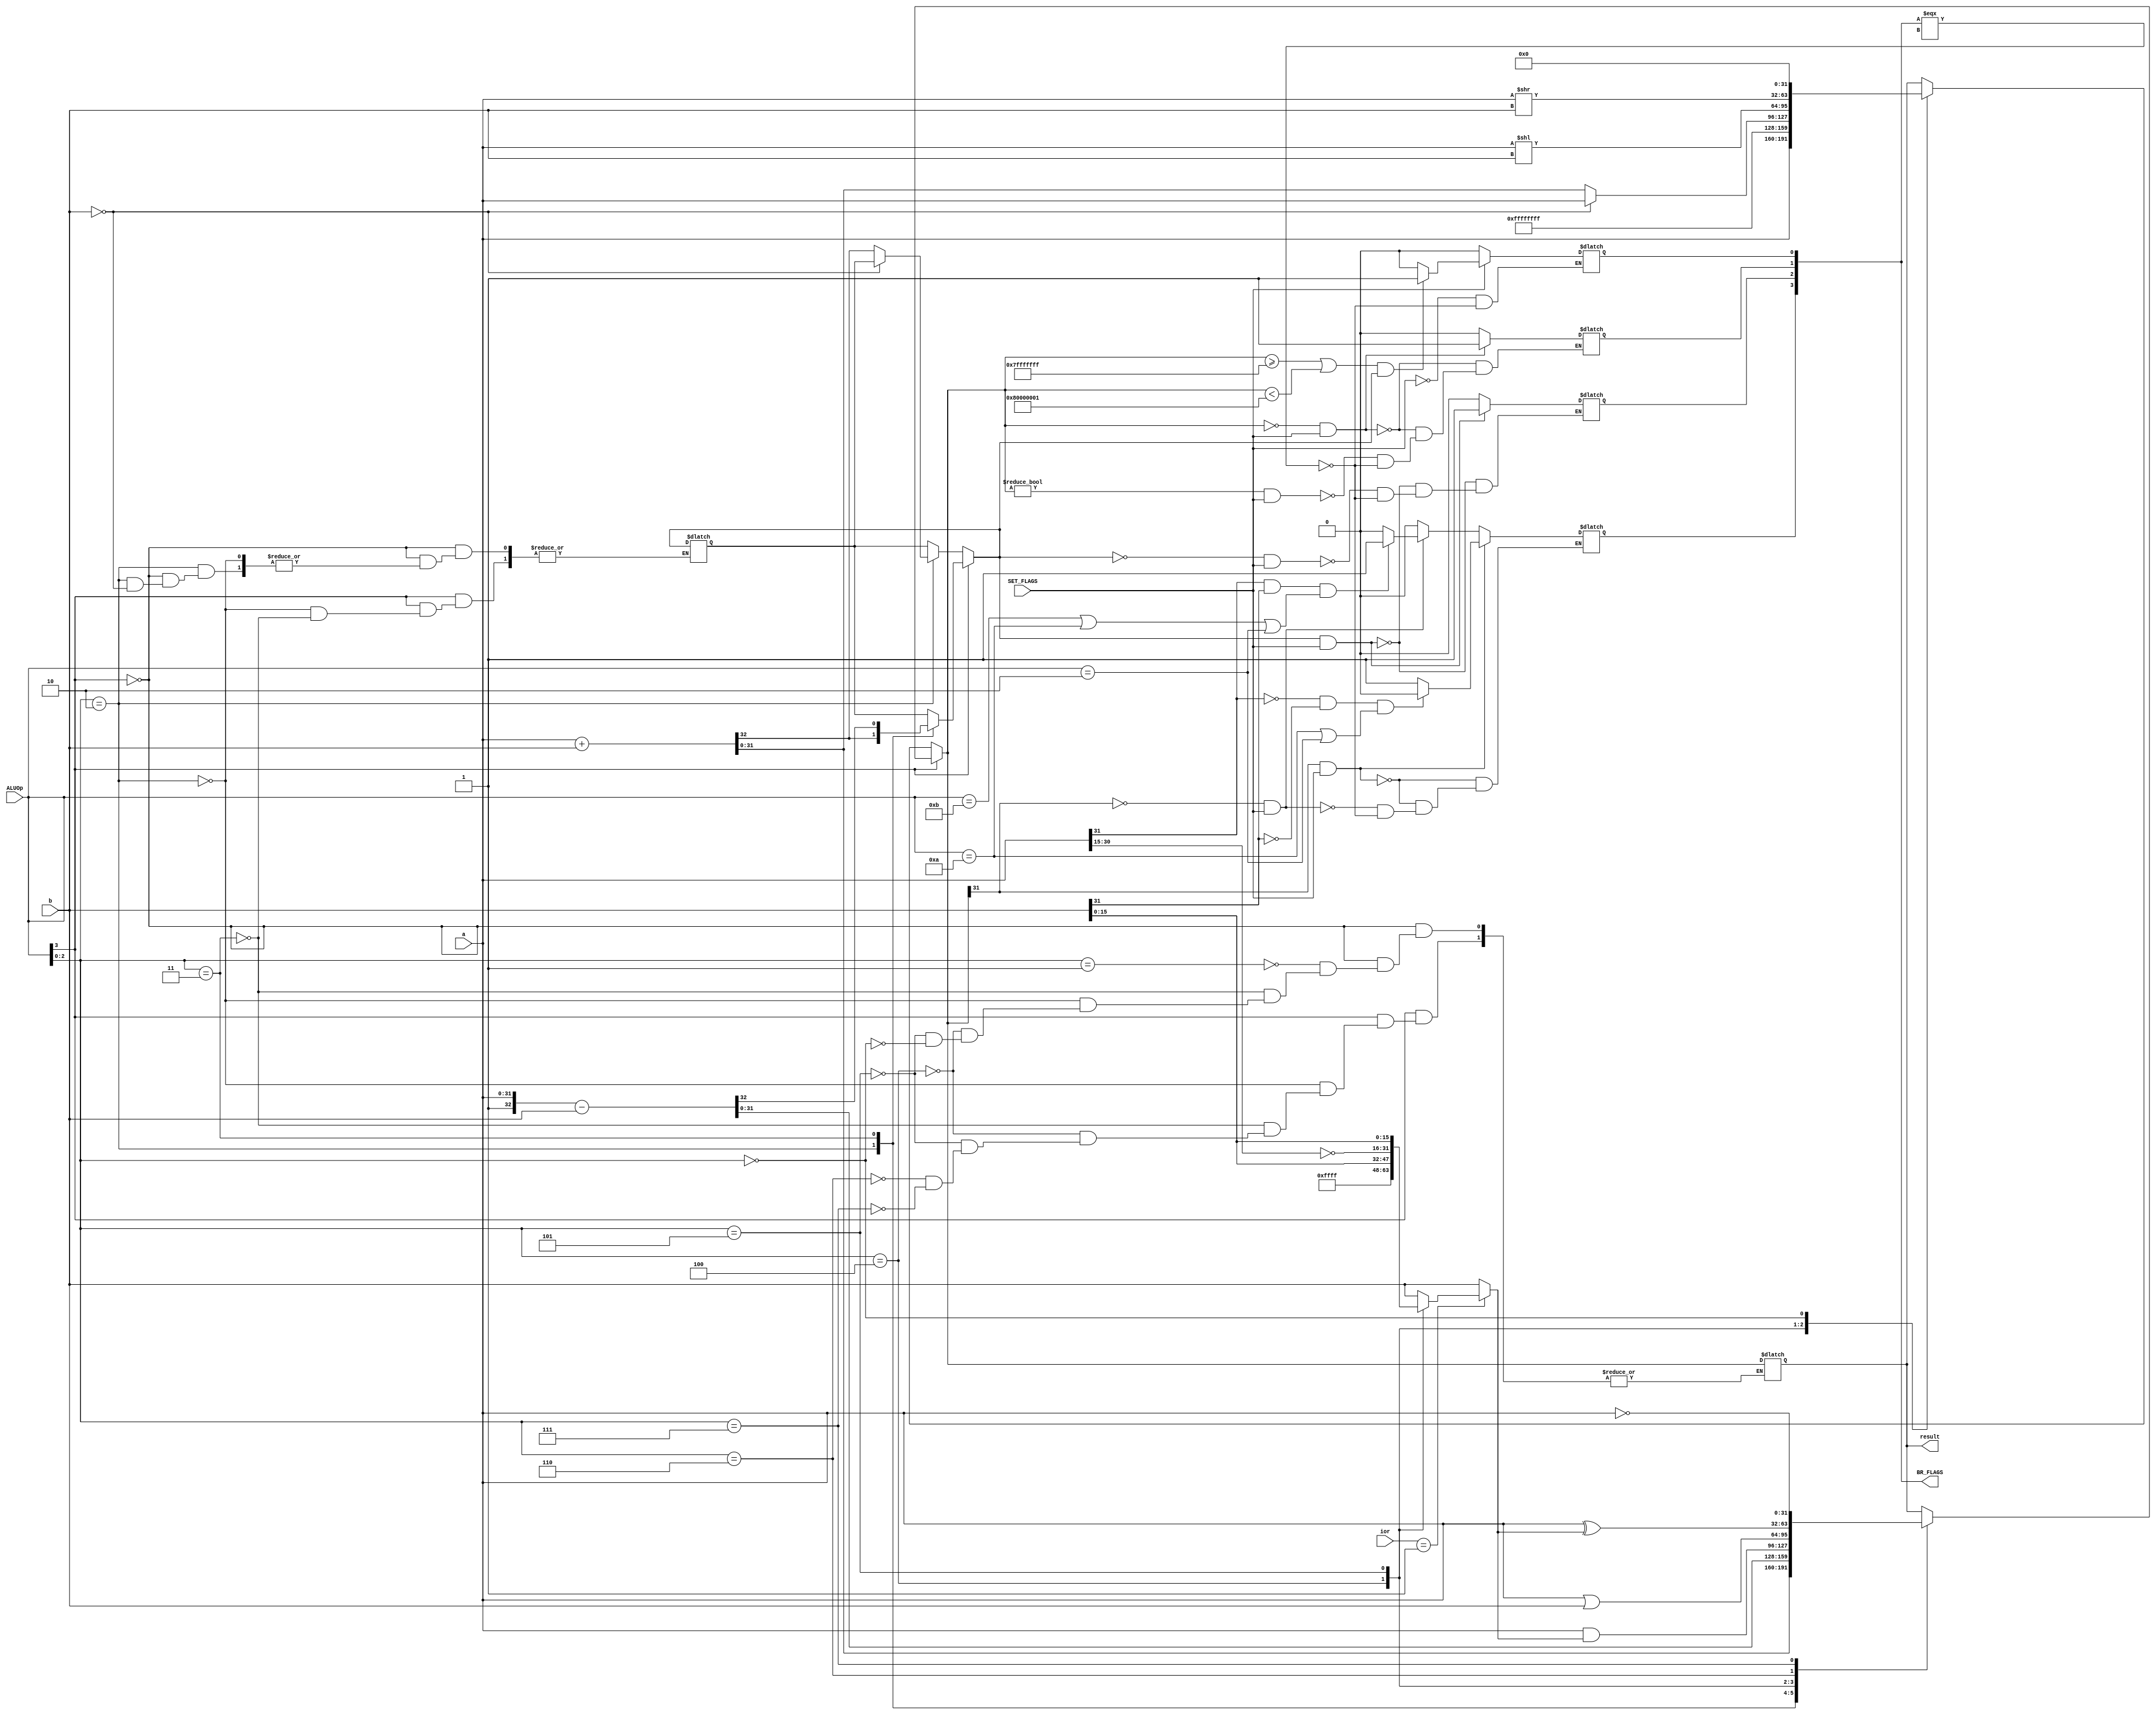
module EXE
(
    input [31:0] a, b, // input
    input [3:0] ALUOp, // control
    input [1:0] ior,   // immediate or register
    input SET_FLAGS,   // update flags
    output reg [31:0] result, // output
    output reg [3:0] BR_FLAGS // 4 different flags
);

reg [31:0] b_mask = 32'h0000_0000;
reg carry; //value used for identifying when a carry or borrow was done
always @(*) 
begin
    if(BR_FLAGS === 4'bxxxx)begin
    BR_FLAGS = 4'b0000; // default 
    end
    case (ior)
        2'b01: // incoming is imm offset (16 bits)
            // default the top is padded with zeros
            case (ALUOp[2:0]) 
                3'b100: // a & b
                    b_mask = {16'hFFFF, b[15:0]}; // mask top half with 1's
                3'b101: // a ^ b
                    b_mask = {~a[31:15], b[15:0]}; // mask top half with the invert of reg a info
                default:
                    b_mask = b; // no change
            endcase
        default:
          b_mask = b;
    endcase

    case (ALUOp[3])
        1'b1:
            begin
                case(ALUOp[2:0]) // ALU
                    3'b010: 
                        {carry, result} = a + b; // add
                    3'b011: 
                        {carry, result} = {1'b1,a} - b; // sub
                    3'b100: 
                        result = a & b_mask; // and
                    3'b101:
                        result = a | b; // or
                    3'b110: 
                        result = a ^ b_mask; // xor
                    3'b111: 
                        result = ~a; // not
                    default:
                        result = result; 
                endcase
            end
        1'b0: 
            begin
                case(ALUOp[2:0]) // Special
                    3'b001: //mov
                      result = a;
                    3'b011: // set
                        result = 32'hFFFF_FFFF; // passes in whatever result that is being inputted
                    3'b010: // signed adding
                        if(b == 'h0) begin
                        result = a;
                        end
                        else begin
                        {carry, result} = a + b; // signed adding
                        end
                    3'b100: 
                        result = a << b; // left shift by imm
                    3'b101:
                        result = a >> b; // right shift by imm
                    3'b000:
                        result = 32'h0000_0000; // clear result 
                    default:
                        result = result; 
                endcase
            end
    endcase
    if (result[31] == 1'b1 && SET_FLAGS) begin // neg
        BR_FLAGS[3] = 1'b1; // n = 1 if first bit is one (2's complement)
        if((a[31] == 1'b0) && (b[31] == 1'b0) && ((ALUOp == 4'b1010)|| (ALUOp == 4'b0010)) ) begin
         BR_FLAGS[3] = 1'b0;
      end
    end 
    else if (result[31] == 1'b0 && SET_FLAGS) begin
      BR_FLAGS[3] = 1'b0; // n = 1 if first bit is one (2's complement)
      if((a[31] == 1'b1) && (b[31] == 1'b1) && ((ALUOp == 4'b1011) || (ALUOp == 4'b1010)|| (ALUOp == 4'b0010)) ) begin
         BR_FLAGS[3] = 1'b1;
      end
    end 
    if (result == 'h0 && SET_FLAGS) begin // zero
        BR_FLAGS[1] = 1'b1; // z = 1 if result is all zero
    end 
    else if (result != 'h0 && SET_FLAGS) begin // zero
        BR_FLAGS[1] = 1'b0; 
    end 
    if (carry == 1'b1 && SET_FLAGS) begin // carry
        BR_FLAGS[2] = 1'b1; // c = 1 if result has carry out
    end
    else if (carry != 1'b1 && SET_FLAGS) begin // carry
        BR_FLAGS[2] = 1'b0; 
    end
    if ( SET_FLAGS) begin // overflow
      if((( result >= 32'h7fffffff) || (result <32'h80000001)) && carry == 1'b1)begin
       BR_FLAGS[0] = 1'b1; // v = 1 if the msb in the result is changed but there is no carry out
      end
      else begin
        BR_FLAGS[0] = 1'b0; 
      end
    end 
    
end
endmodule